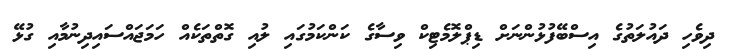
ދިވެހި ދައުލަތުގެ އިސްބޭފުޅުންނަށް ޑިޕްލޮމެޓިކް ވިސާގެ ކަންކަމުގައި ލުއި ގޮތްތަކެއް ހަމަޖައްސައިދިނުމާއި ގުޅޭ